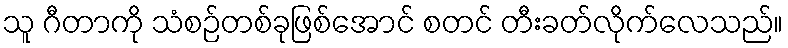
သူ ဂီတာကို သံစဉ်တစ်ခုဖြစ်အောင် စတင် တီးခတ်လိုက်လေသည်။